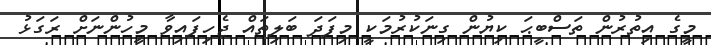
މީގެ އިތުރުން ތަސްބީޙަ ކިޔުން ގިނަކުރުމަކީ މިފަދަ ބަލިތައް ޖެހިފައިވާ މީހުންނަށް ރަގަޅު